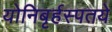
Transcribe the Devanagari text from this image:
योनिबृर्हस्पतये